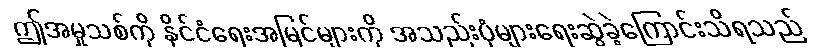
ဤအမှုသစ်ကို နိုင်ငံရေးအမြင်များကို အသည်းပုံများရေးဆွဲခဲ့ကြောင်းသိရသည်